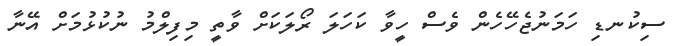
ސިކުނޑި ހަމަނުޖެހޭހެން ވެސް ހީވާ ކަހަލަ ރޯލަކަށް ވާތީ މިފިލްމު ނުކުޅުމަށް އޭނާ